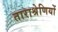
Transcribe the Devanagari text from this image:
ताराश्रेणियों